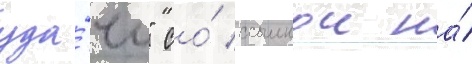
уда́чи" со́ ссылкои на́